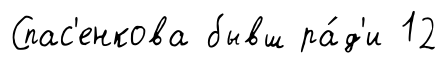
Спас'енкова бывш ра́д'и 12